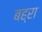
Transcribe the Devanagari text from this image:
बह्रा